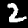
Label: 2